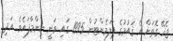
ޖެހޭ ގޮތަށް އެ ޤައުމުގެ ޕާލަމެންޓުން 1995 ގައި ވަނީ ނިންމާފައެވެ. އަދި